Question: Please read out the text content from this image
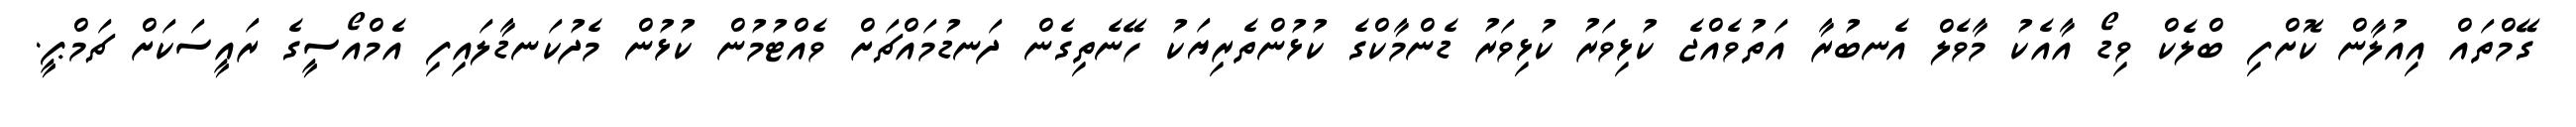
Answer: ގޭމްތައް އިއުލާން ކޮށްފި ބްލެކް ވިޑޯ އާއެކު މާވެލް އެނބުރާ އަތުވެއްޖެ ކުޅިވަރު ކުޅިވަރު ޑެންމާކްގެ ކުޅުންތެރިޔަކު ހޭނެތިގެން ދަނޑުމައްޗަށް ވެއްޓުމުން ކުޅުން މެދުކަނޑާލައިފި އެމްއޯސީގެ ރައީސަކަށް ޗަމްޕީ.